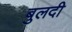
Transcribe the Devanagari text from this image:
बुलदी